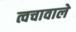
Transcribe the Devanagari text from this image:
त्वचावाले